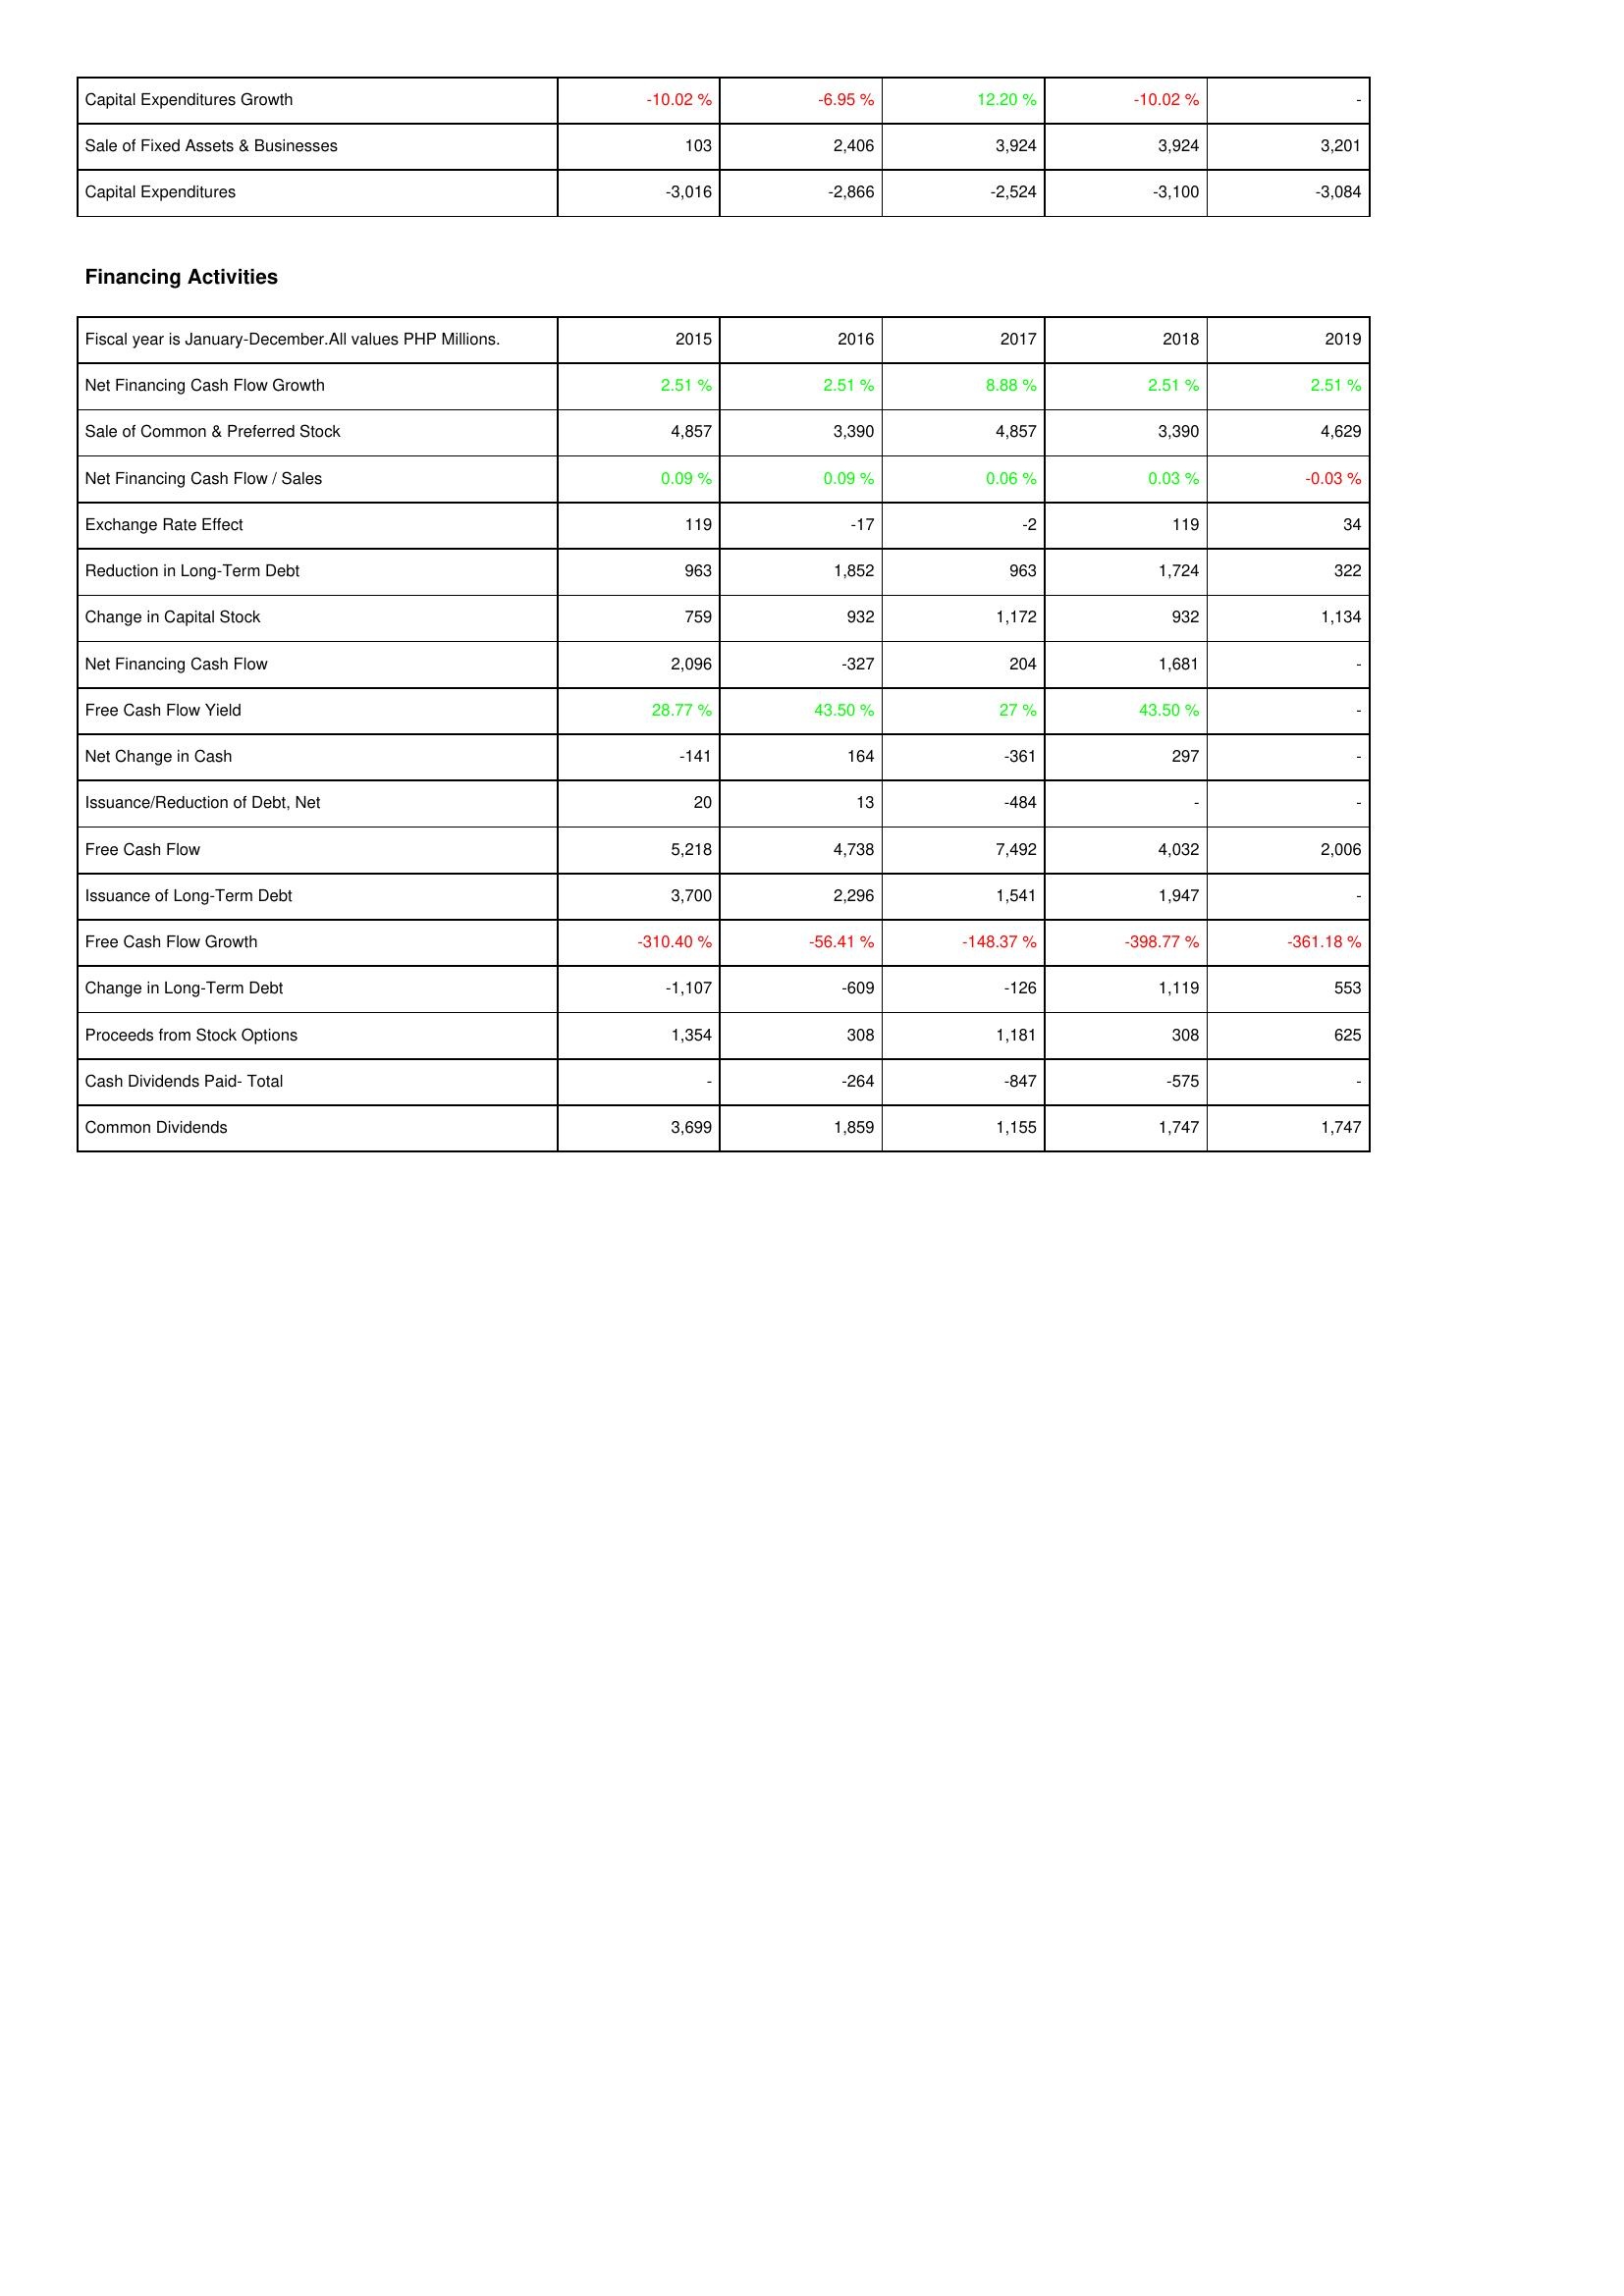
2015: Investing Activities: Capital Expenditures Growth: -10.02 %
Sale of Fixed Assets & Businesses: 103
Capital Expenditures: -3,016
Financing Activities: Net Financing Cash Flow Growth: 2.51 %
Sale of Common & Preferred Stock: 4,857
Net Financing Cash Flow / Sales: 0.09 %
Exchange Rate Effect: 119
Reduction in Long-Term Debt: 963
Change in Capital Stock: 759
Net Financing Cash Flow: 2,096
Free Cash Flow Yield: 28.77 %
Net Change in Cash: -141
Issuance/Reduction of Debt, Net: 20
Free Cash Flow: 5,218
Issuance of Long-Term Debt: 3,700
Free Cash Flow Growth: -310.40 %
Change in Long-Term Debt: -1,107
Proceeds from Stock Options: 1,354
Cash Dividends Paid- Total: -
Common Dividends: 3,699
2016: Investing Activities: Capital Expenditures Growth: -6.95 %
Sale of Fixed Assets & Businesses: 2,406
Capital Expenditures: -2,866
Financing Activities: Net Financing Cash Flow Growth: 2.51 %
Sale of Common & Preferred Stock: 3,390
Net Financing Cash Flow / Sales: 0.09 %
Exchange Rate Effect: -17
Reduction in Long-Term Debt: 1,852
Change in Capital Stock: 932
Net Financing Cash Flow: -327
Free Cash Flow Yield: 43.50 %
Net Change in Cash: 164
Issuance/Reduction of Debt, Net: 13
Free Cash Flow: 4,738
Issuance of Long-Term Debt: 2,296
Free Cash Flow Growth: -56.41 %
Change in Long-Term Debt: -609
Proceeds from Stock Options: 308
Cash Dividends Paid- Total: -264
Common Dividends: 1,859
2017: Investing Activities: Capital Expenditures Growth: 12.20 %
Sale of Fixed Assets & Businesses: 3,924
Capital Expenditures: -2,524
Financing Activities: Net Financing Cash Flow Growth: 8.88 %
Sale of Common & Preferred Stock: 4,857
Net Financing Cash Flow / Sales: 0.06 %
Exchange Rate Effect: -2
Reduction in Long-Term Debt: 963
Change in Capital Stock: 1,172
Net Financing Cash Flow: 204
Free Cash Flow Yield: 27 %
Net Change in Cash: -361
Issuance/Reduction of Debt, Net: -484
Free Cash Flow: 7,492
Issuance of Long-Term Debt: 1,541
Free Cash Flow Growth: -148.37 %
Change in Long-Term Debt: -126
Proceeds from Stock Options: 1,181
Cash Dividends Paid- Total: -847
Common Dividends: 1,155
2018: Investing Activities: Capital Expenditures Growth: -10.02 %
Sale of Fixed Assets & Businesses: 3,924
Capital Expenditures: -3,100
Financing Activities: Net Financing Cash Flow Growth: 2.51 %
Sale of Common & Preferred Stock: 3,390
Net Financing Cash Flow / Sales: 0.03 %
Exchange Rate Effect: 119
Reduction in Long-Term Debt: 1,724
Change in Capital Stock: 932
Net Financing Cash Flow: 1,681
Free Cash Flow Yield: 43.50 %
Net Change in Cash: 297
Issuance/Reduction of Debt, Net: -
Free Cash Flow: 4,032
Issuance of Long-Term Debt: 1,947
Free Cash Flow Growth: -398.77 %
Change in Long-Term Debt: 1,119
Proceeds from Stock Options: 308
Cash Dividends Paid- Total: -575
Common Dividends: 1,747
2019: Investing Activities: Capital Expenditures Growth: -
Sale of Fixed Assets & Businesses: 3,201
Capital Expenditures: -3,084
Financing Activities: Net Financing Cash Flow Growth: 2.51 %
Sale of Common & Preferred Stock: 4,629
Net Financing Cash Flow / Sales: -0.03 %
Exchange Rate Effect: 34
Reduction in Long-Term Debt: 322
Change in Capital Stock: 1,134
Net Financing Cash Flow: -
Free Cash Flow Yield: -
Net Change in Cash: -
Issuance/Reduction of Debt, Net: -
Free Cash Flow: 2,006
Issuance of Long-Term Debt: -
Free Cash Flow Growth: -361.18 %
Change in Long-Term Debt: 553
Proceeds from Stock Options: 625
Cash Dividends Paid- Total: -
Common Dividends: 1,747